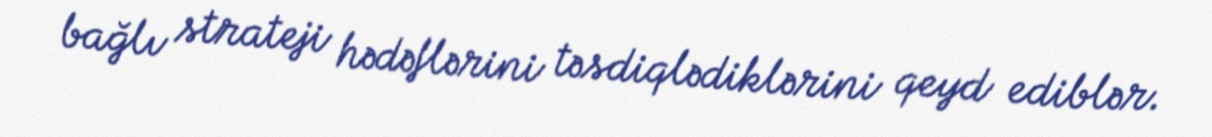
bağlı strateji hədəflərini təsdiqlədiklərini qeyd ediblər.